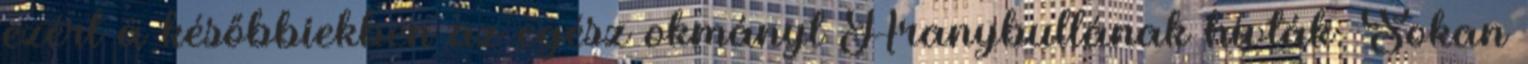
ezért a későbbiekben az egész okmányt Aranybullának hívták. Sokan